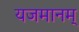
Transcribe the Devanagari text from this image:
यजमानम्‌